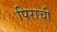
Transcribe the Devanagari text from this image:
पिराची